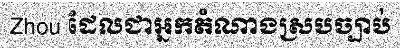
Zhou ដែលជាអ្នកតំណាងស្របច្បាប់